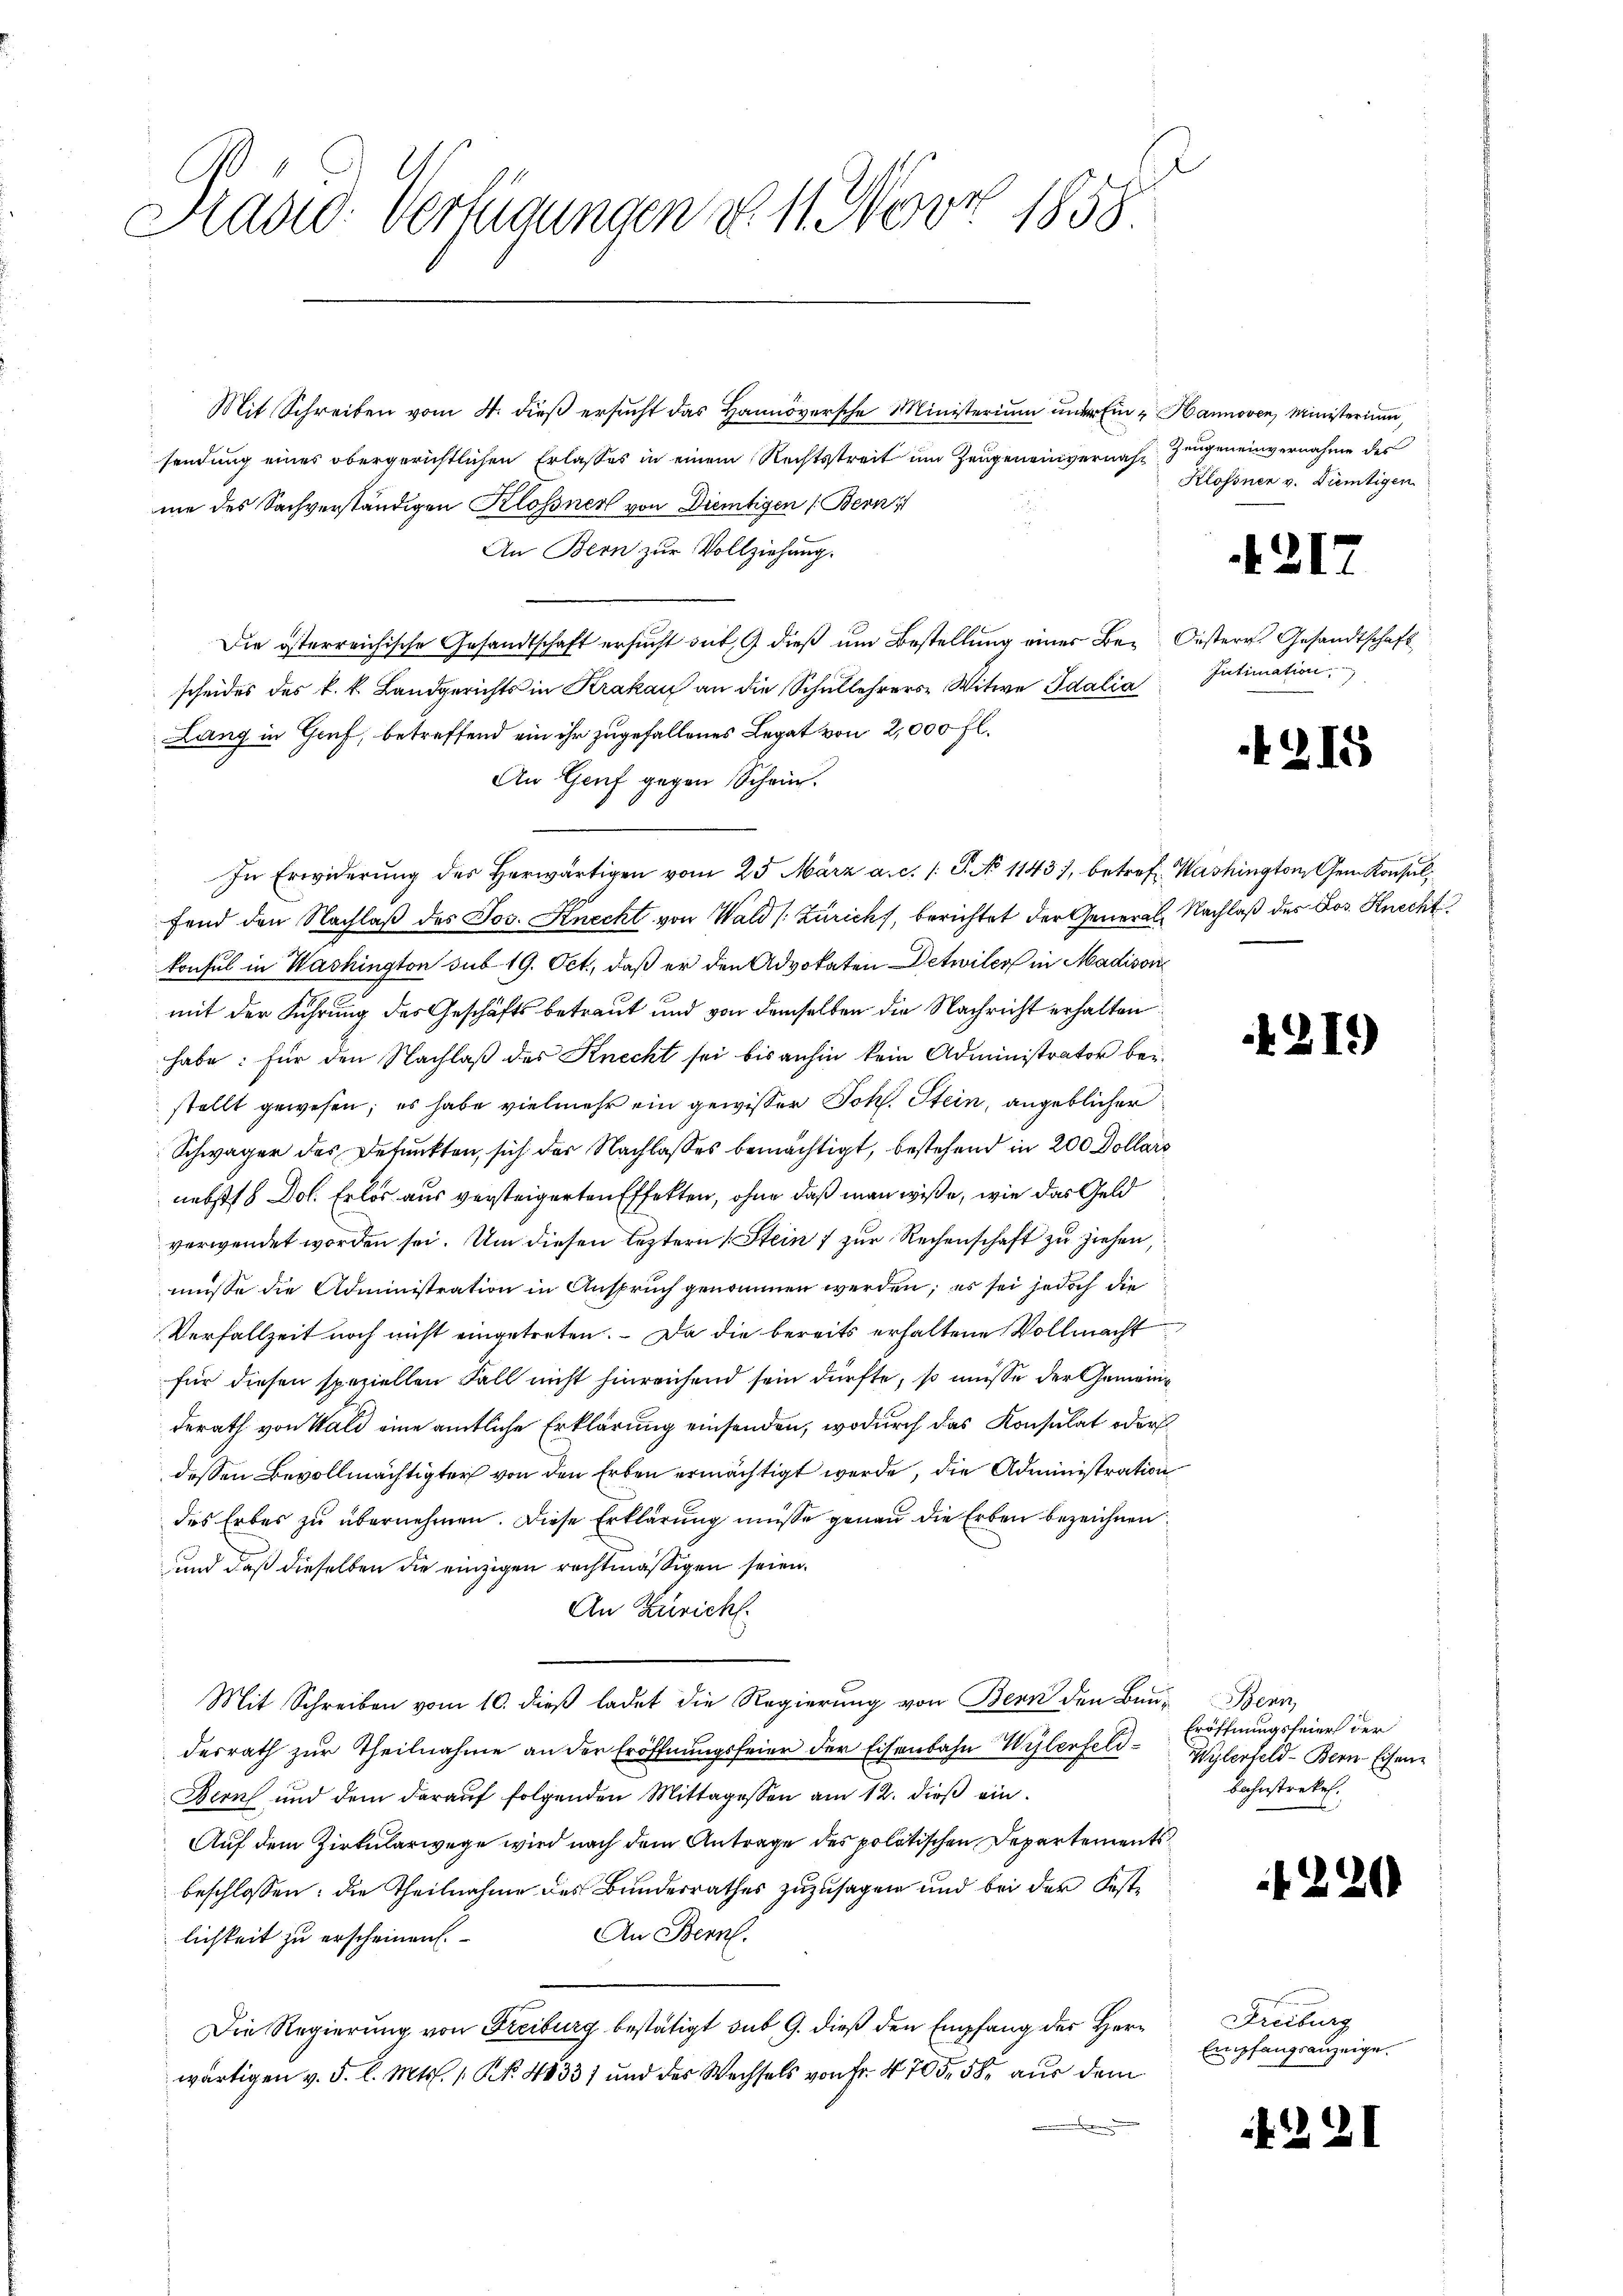
Stadio Verfügungen d. 11. März 1858

Mit Schreiben vom 4. dieβ ersŭcht das Hannoversche Ministerium unter Ein u Hannoven Ministerium,
sendung eines obergerichtlichen Erlasses in einem Rechtsstreit um Zeugeneinvernach Zeugeneinvernahme des
me des Sachverständigen Klossner von Dientigen (Bern
An Bern zur Vollziehung.
Die österreichische Gesandtschaft ersucht gut, 9 dieß um Bestellung einer Bez. Oesterr. Gesandtschaft
scheides des k. k. Landgerichts in Krakau an die Schullehrers Witwe Idalia
Lang in Gruf, betreffend ein ihr zugefallenes Legat von 2,000 fl.
An Genf gegen Schein.
In Erwiderung des herwärtigen vom 25. März a. c. /: P. No 1143), betref. Washington Gem Konsulfend den Nachlaß des Jos. Knecht von Wald (Zürich, berichtet der General-Nachlaß des Jos. Knecht
konsul in Washington sub 19. Oct., daß er den Advokaten Detwiler in Madison
mit der Führung des Geschäfts betreut und von demselben die Nachricht erhalten:
habe: Für den Nachlaß des Knecht sei bis anhin kein Administrator beistellt gewesen; es habe vielmehr ein gewisser Joh. Stein, angeblicher
Schwäger des Befunkten, sich der Nachlasses bemächtigt, bestehend in 200 Dollars
nebst 8 Dol. Erlös aus versteigerten Effekten, ohne daß man wiße, wie das Geld
verwendet worden sei. Um diesen leztern Stein zur Rechenschaft zu ziehen,
müsse die Administration in Anspruch genommen werden; es sei jedoch die
Verfallzeit noch nicht eingetreten. Da die bereits erhaltene Vollmacht
für diesen speziellen Fall nicht hinreichend sein dürfte, so müsse der Gemeinderath von Wald eine amtliche Erklärung einsenden, wodurch das Konsulat oder
dessen Bevollmächtigter von den Erben ermächtigt werde, die Administration
des Erbes zu übernehmen. Diese Erklärung müsse genau die Erben bezeichnen
und daß dieselben die einzigen rechtmässigen seien.
An Züricht.
Mit Schreiben vom 10. dieß ladet die Regierung von Bern den Bau-Bern,
desrath zur Theilnahme an der Eröffnungsfeier der Eisenbahn Wylenfeld¬
Bern und dem daraŭf folgenden Mittagessen am 12. dieβ ein
Auf dem Zirkularwege wird nach dem Antrage des politischen Departements
beschlossen: die Theilnahme des Bundesrathes zuzusagen und bei der Fest¬
An Bern.
lichkeit zu erscheinen.
Die Regierung von Freiburg bestätigt sub 9. dieß den Empfang des Herwärtigen v. 5. l. Mts. 1. N. 4833) und des Wechsels von Fr. 4 705. 58. aus dem

Klossnen v. Dientigen

4217

Intimation

215

1219)

Eröffnungsfeier der
Wylerfeld - Bern-Eisen
Bahnstrekel.

1220

Freiburg
Empfangsanzeige.

221